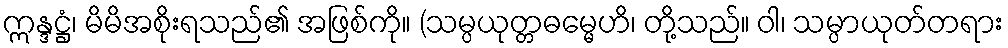
ဣန္ဒဋ္ဌံ၊ မိမိအစိုးရသည်၏ အဖြစ်ကို။ (သမ္ပယုတ္တဓမ္မေဟိ၊ တို့သည်။ ဝါ၊ သမ္ပာယုတ်တရား